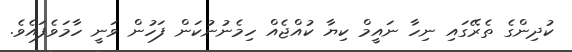
ކުދިންގެ ތެރޭގައި ނިހާ ނައީމް ކިޔާ ކުއްޖެއް ހިމެނުނުކަން ފަހުން ވަނީ ހާމަވެފައެވެ.